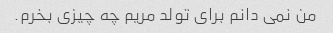
من نمی دانم برای تولد مریم چه چیزی بخرم.